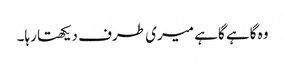
وہ گاہے گاہے میری طرف دیکھتا رہا۔